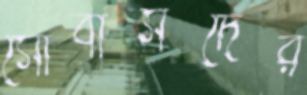
সোবার্সদের